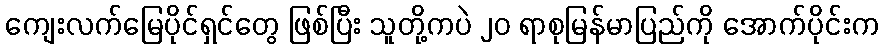
ကျေးလက်မြေပိုင်ရှင်တွေ ဖြစ်ပြီး သူတို့ကပဲ ၂၀ ရာစုမြန်မာပြည်ကို အောက်ပိုင်းက